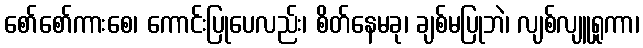
စော်စော်ကားစေ၊ ကောင်းပြုပေလည်း၊ စိတ်နေမခု၊ ချစ်မပြုဘဲ၊ လျစ်လျူရှုကာ၊